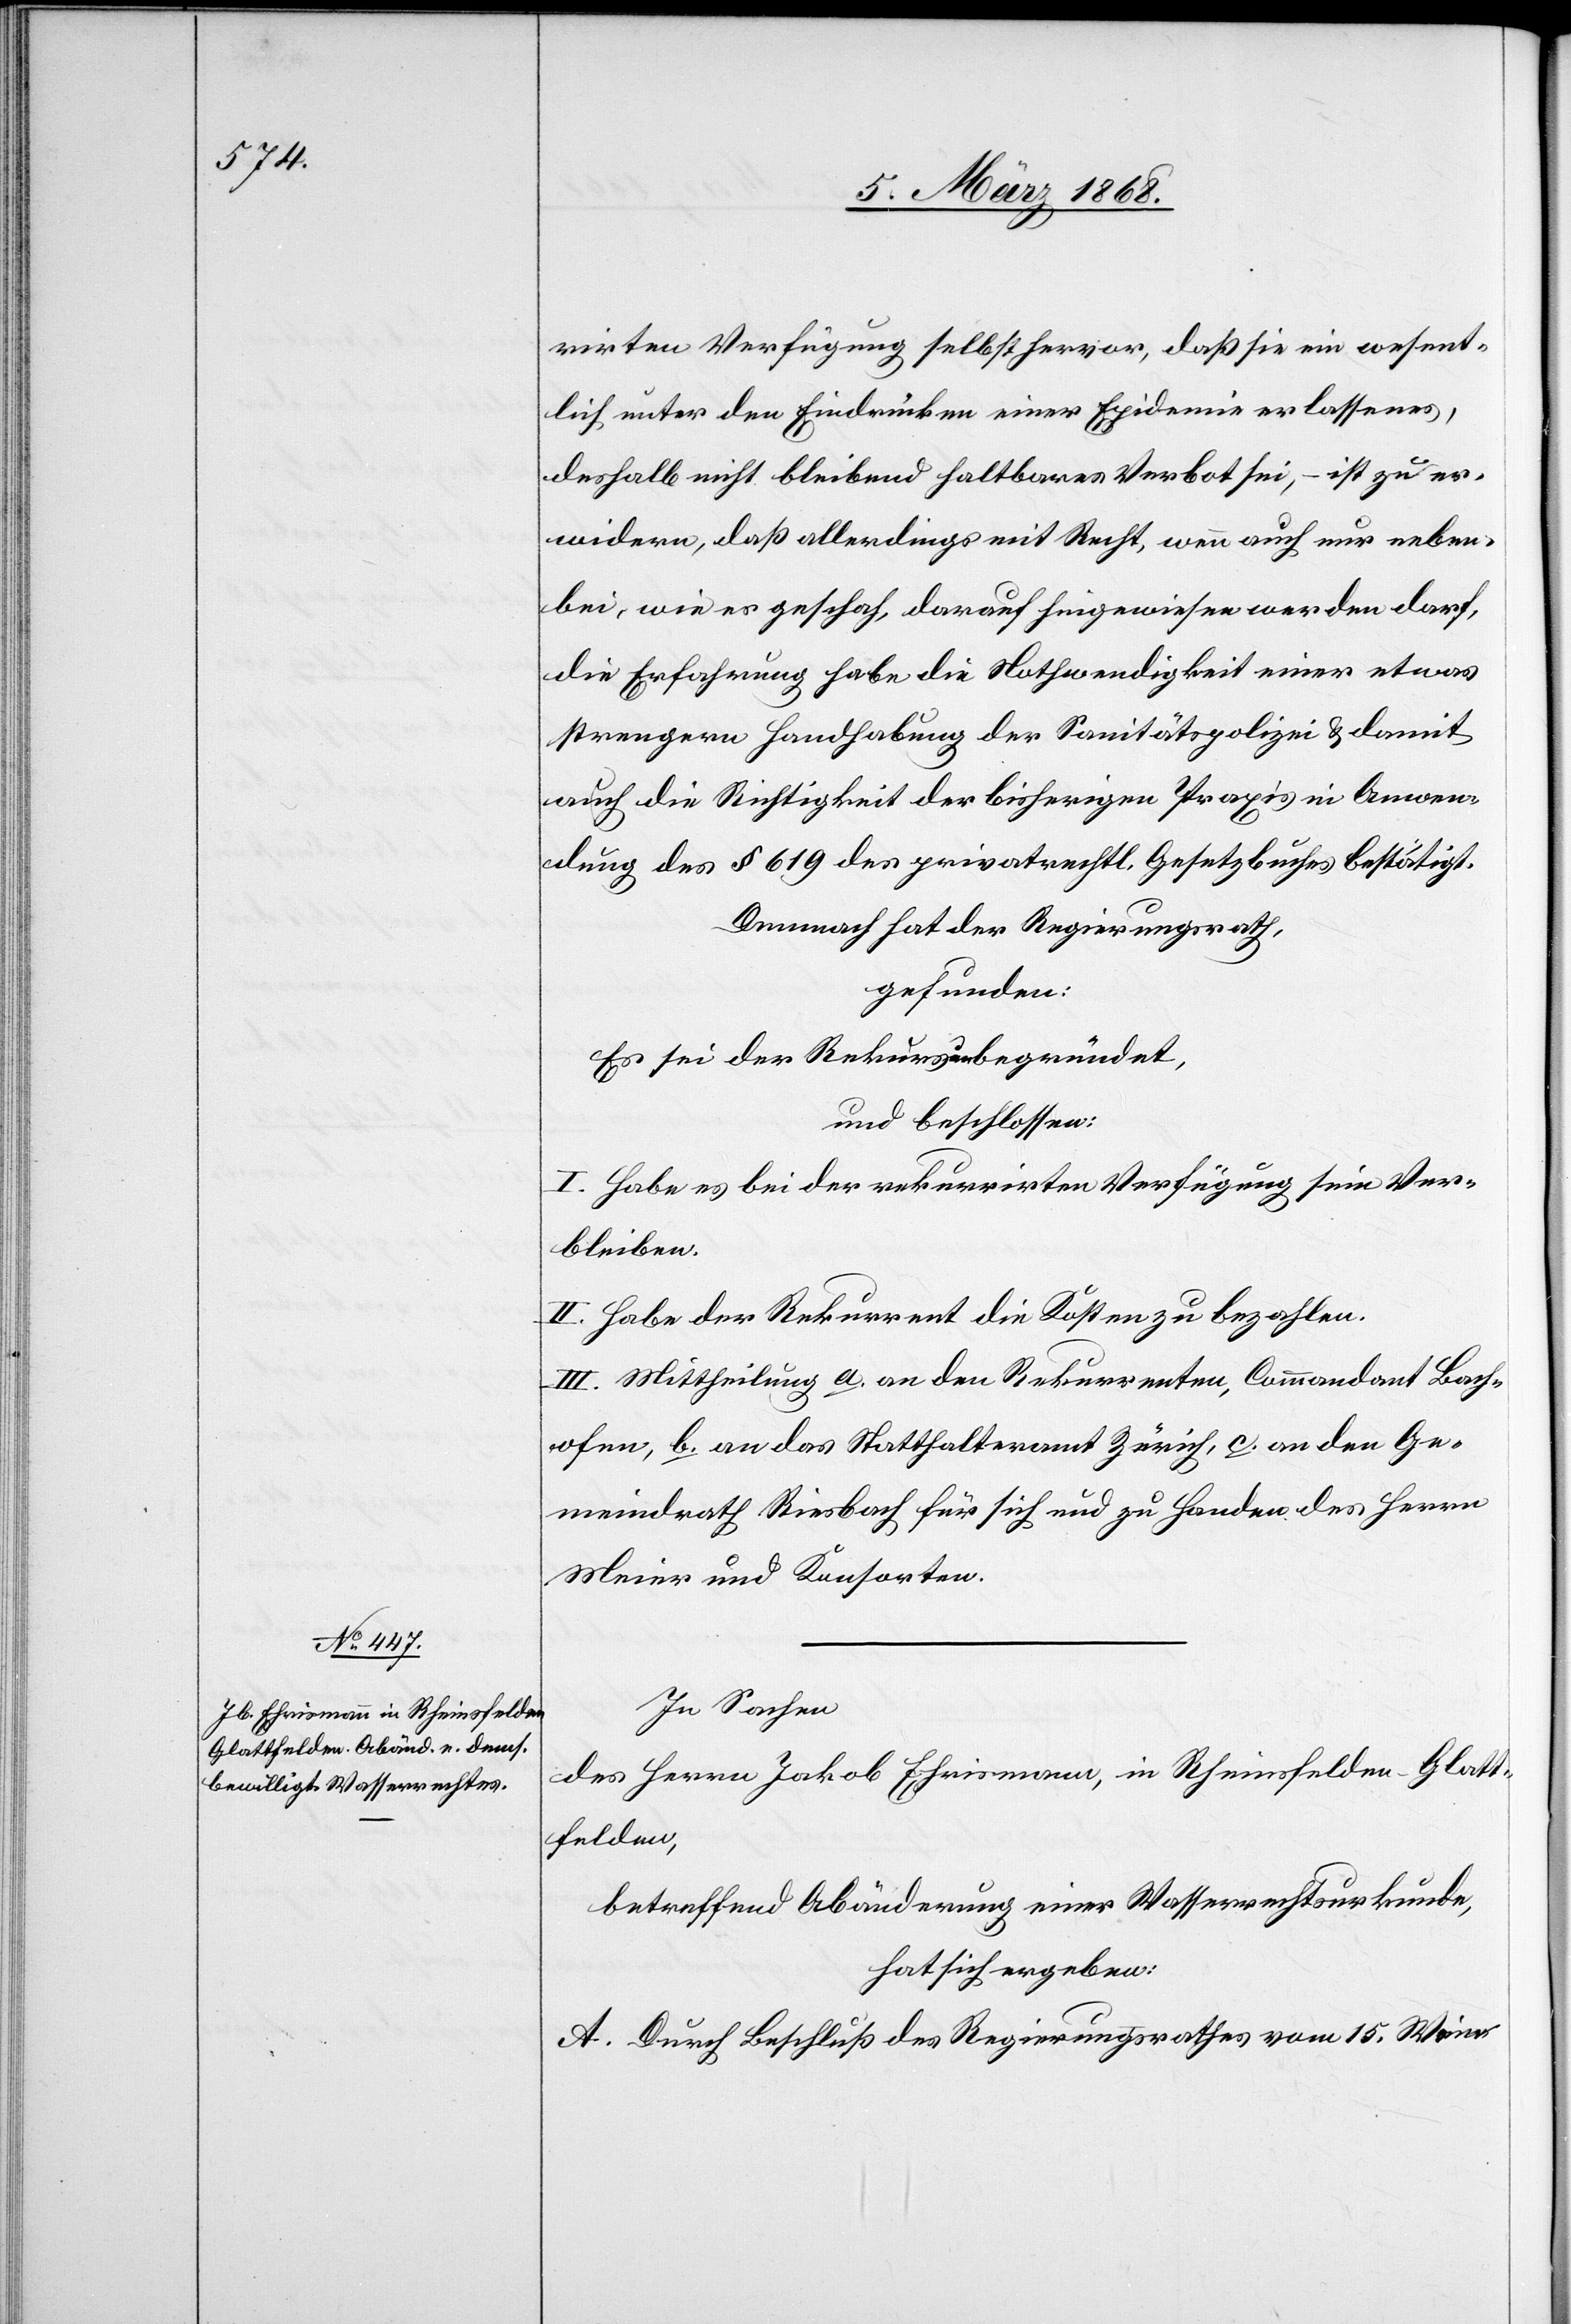
rirten Verfügung selbst hervor, daß sie ein wesent¬
lich unter den Eindrücken einer Epidemie erlassenes,
deshalb nicht bleibend haltbares Verbot sei, – ist zu er¬
widern, daß allerdings mit Recht, wenn auch nur neben¬
bei, wie es geschah, darauf hingewiesen werden darf,
die Erfahrung habe die Nothwendigkeit einer etwas
strengern Handhabung der Sanitätspolizei & damit
auch die Richtigkeit der bisherigen Praxis in Anwen¬
dung des § 619 des privatrechtl. Gesetzbuches bestätigt.
Demnach hat der Regierungsrath,
gefunden:
Es sei der Rekurs unbegründet,
und beschlossen:
I. Habe es bei der rekurrirten Verfügung sein Ver¬
bleiben.
II. Habe der Rekurrent die Kosten zu bezahlen.
III. Mittheilung a. an den Rekurrenten, Commandant Bach¬
ofen, b. an das Statthalteramt Zürich, c. an den Ge¬
meindrath Riesbach für sich und zu Handen des Herrn
Meier und Konsorten.
In Sachen
des Herrn Jakob Ehrismann, in Rheinsfelden-Glatt¬
felden,
betreffend Abänderung einer Wasserrechtsurkunde,
hat sich ergeben:
A. Durch Beschluß des Regierungsrathes vom 15. Wein-